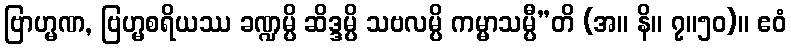
ဗြာဟ္မဏ, ဗြဟ္မစရိယဿ ခဏ္ဍမ္ပိ ဆိဒ္ဒမ္ပိ သဗလမ္ပိ ကမ္မာသမ္ပီ”တိ (အ။ နိ။ ၇။၅၀)။ ဧဝံ